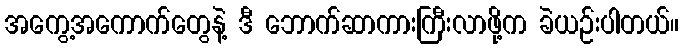
အကွေ့အကောက်တွေနဲ့ ဒီ ဘောက်ဆာကားကြီးလာဖို့က ခဲယဉ်းပါတယ်။